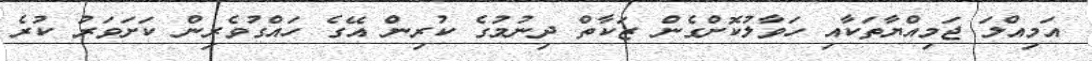
އަމިއްލަ ޖަމިއްޔާތަކާއި ހަވާލުކޮށްގެން ޒަކާތް ދިނުމުގެ ކުރިން އޭގެ ހައްގުވެރިން ކަށަވަރު ކުރެ